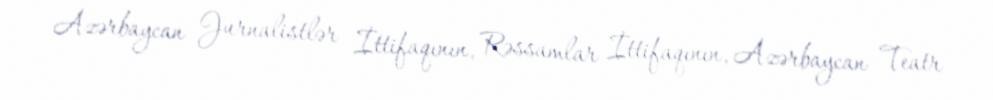
Azərbaycan Jurnalistlər İttifaqının, Rəssamlar İttifaqının, Azərbaycan Teatr